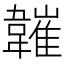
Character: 𩏘